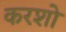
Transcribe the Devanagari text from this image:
करशो